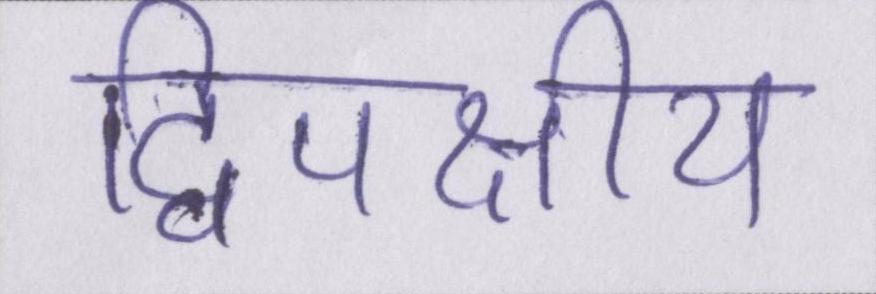
द्विपक्षीय